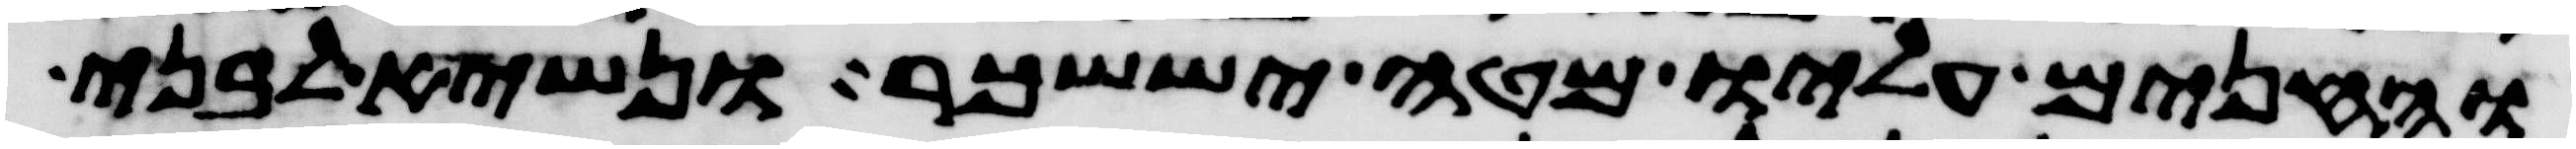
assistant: והחנים עליו מטה יששכר ונשיא לבני